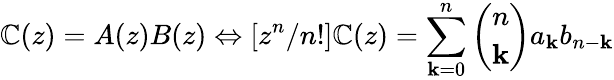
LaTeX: \mathbb{C}(z)=A(z)B(z)\Leftrightarrow[z^{n}/n!]\mathbb{C}(z)=\sum_{\mathbf{k}=0}^{n}{\binom{n}{\mathbf{k}}}a_{\mathbf{k}}b_{n-\mathbf{k}}